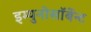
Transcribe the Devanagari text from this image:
इम्युनोसॉर्बेन्ट